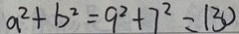
a ^ { 2 } + b ^ { 2 } = 9 ^ { 2 } + 7 ^ { 2 } = 1 3 0